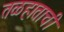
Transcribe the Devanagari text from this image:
तळहाताची